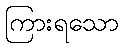
ကြားရသော